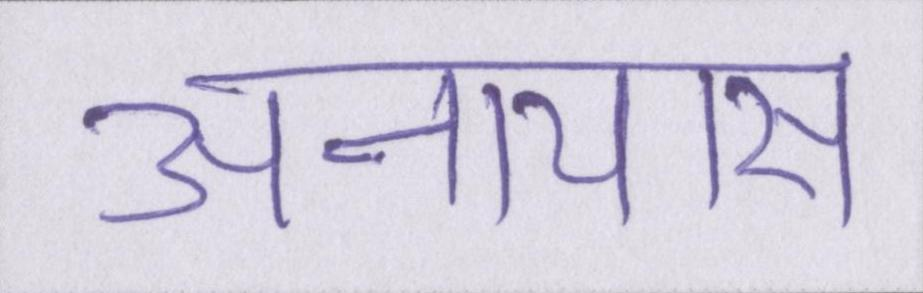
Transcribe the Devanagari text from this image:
अनायास